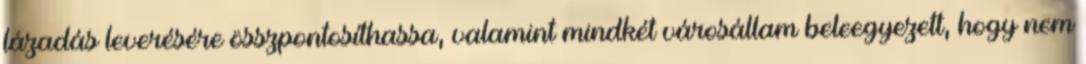
lázadás leverésére összpontosíthassa, valamint mindkét városállam beleegyezett, hogy nem